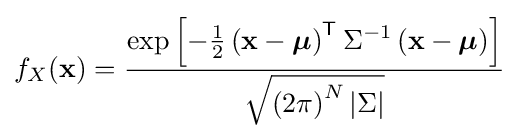
f_{X}(\mathbf {x} )={\frac {\exp \left[-{\frac {1}{2}}\left(\mathbf {x} -{\boldsymbol {\mu }}\right)^{\mathsf {T}}\Sigma ^{-1}\left(\mathbf {x} -{\boldsymbol {\mu }}\right)\right]}{\sqrt {{\left(2\pi \right)}^{N}\left|\Sigma \right|}}}